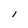
Character: I